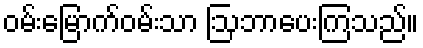
ဝမ်းမြောက်ဝမ်းသာ ဩဘာပေးကြသည်။